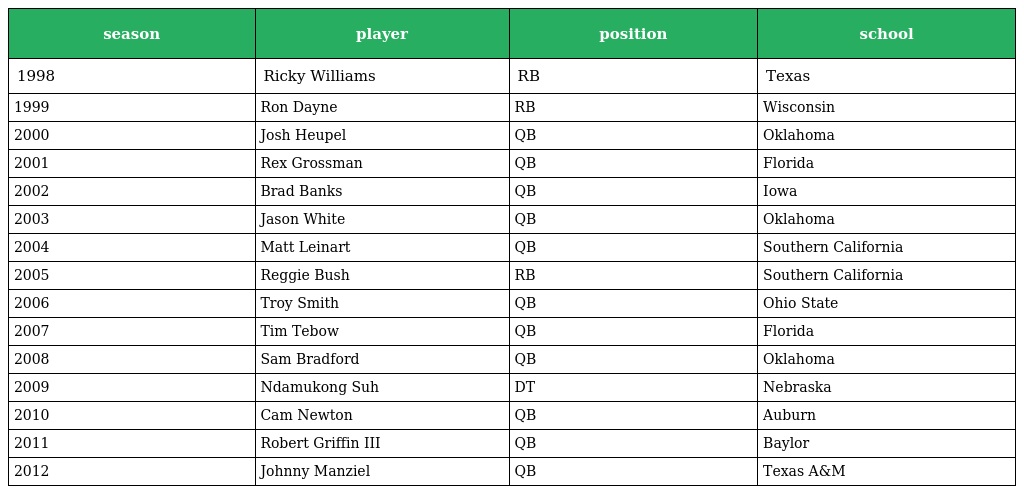
| season | player | position | school |
 | --- | --- | --- | --- |
 | 1998 | Ricky Williams | RB | Texas |
 | 1999 | Ron Dayne | RB | Wisconsin |
 | 2000 | Josh Heupel | QB | Oklahoma |
 | 2001 | Rex Grossman | QB | Florida |
 | 2002 | Brad Banks | QB | Iowa |
 | 2003 | Jason White | QB | Oklahoma |
 | 2004 | Matt Leinart | QB | Southern California |
 | 2005 | Reggie Bush | RB | Southern California |
 | 2006 | Troy Smith | QB | Ohio State |
 | 2007 | Tim Tebow | QB | Florida |
 | 2008 | Sam Bradford | QB | Oklahoma |
 | 2009 | Ndamukong Suh | DT | Nebraska |
 | 2010 | Cam Newton | QB | Auburn |
 | 2011 | Robert Griffin III | QB | Baylor |
 | 2012 | Johnny Manziel | QB | Texas A&M |